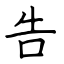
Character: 告